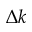
\Delta k